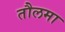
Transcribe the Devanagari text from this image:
तौलमा